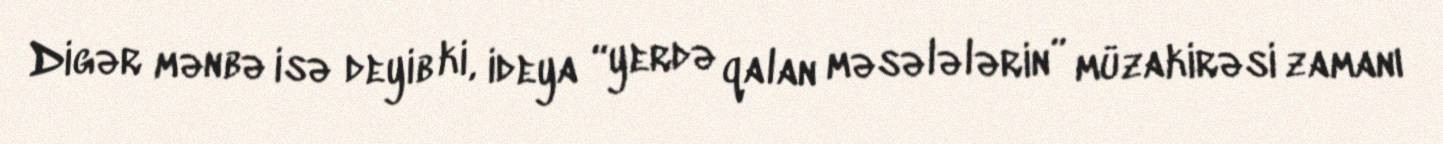
Digər mənbə isə deyib ki, ideya “yerdə qalan məsələlərin” müzakirəsi zamanı